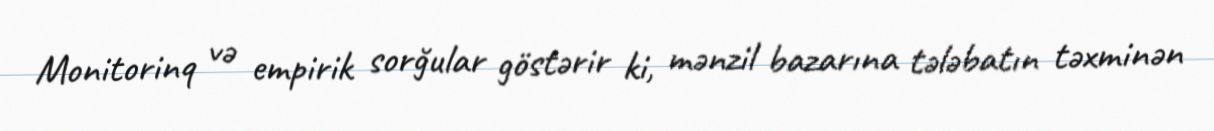
Monitorinq və empirik sorğular göstərir ki, mənzil bazarına tələbatın təxminən